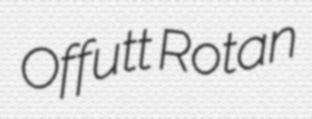
Offutt Rotan